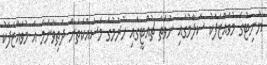
ޔުނިޓުގެ މުވައްޒަފަކު ސަލާމުގައި ނުވަތަ ޗުއްޓީގައި ހުރުމުގެ މަސައްކަތަށް ދަތިވާނަމަ އެ މުވައްޒަފަކު